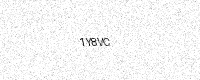
Text: 1Y8VC